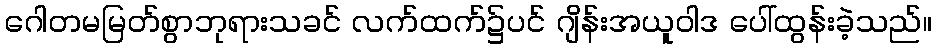
ဂေါတမမြတ်စွာဘုရားသခင် လက်ထက်၌ပင် ဂျိန်းအယူဝါဒ ပေါ်ထွန်းခဲ့သည်။